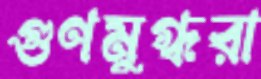
গুণমুগ্ধরা